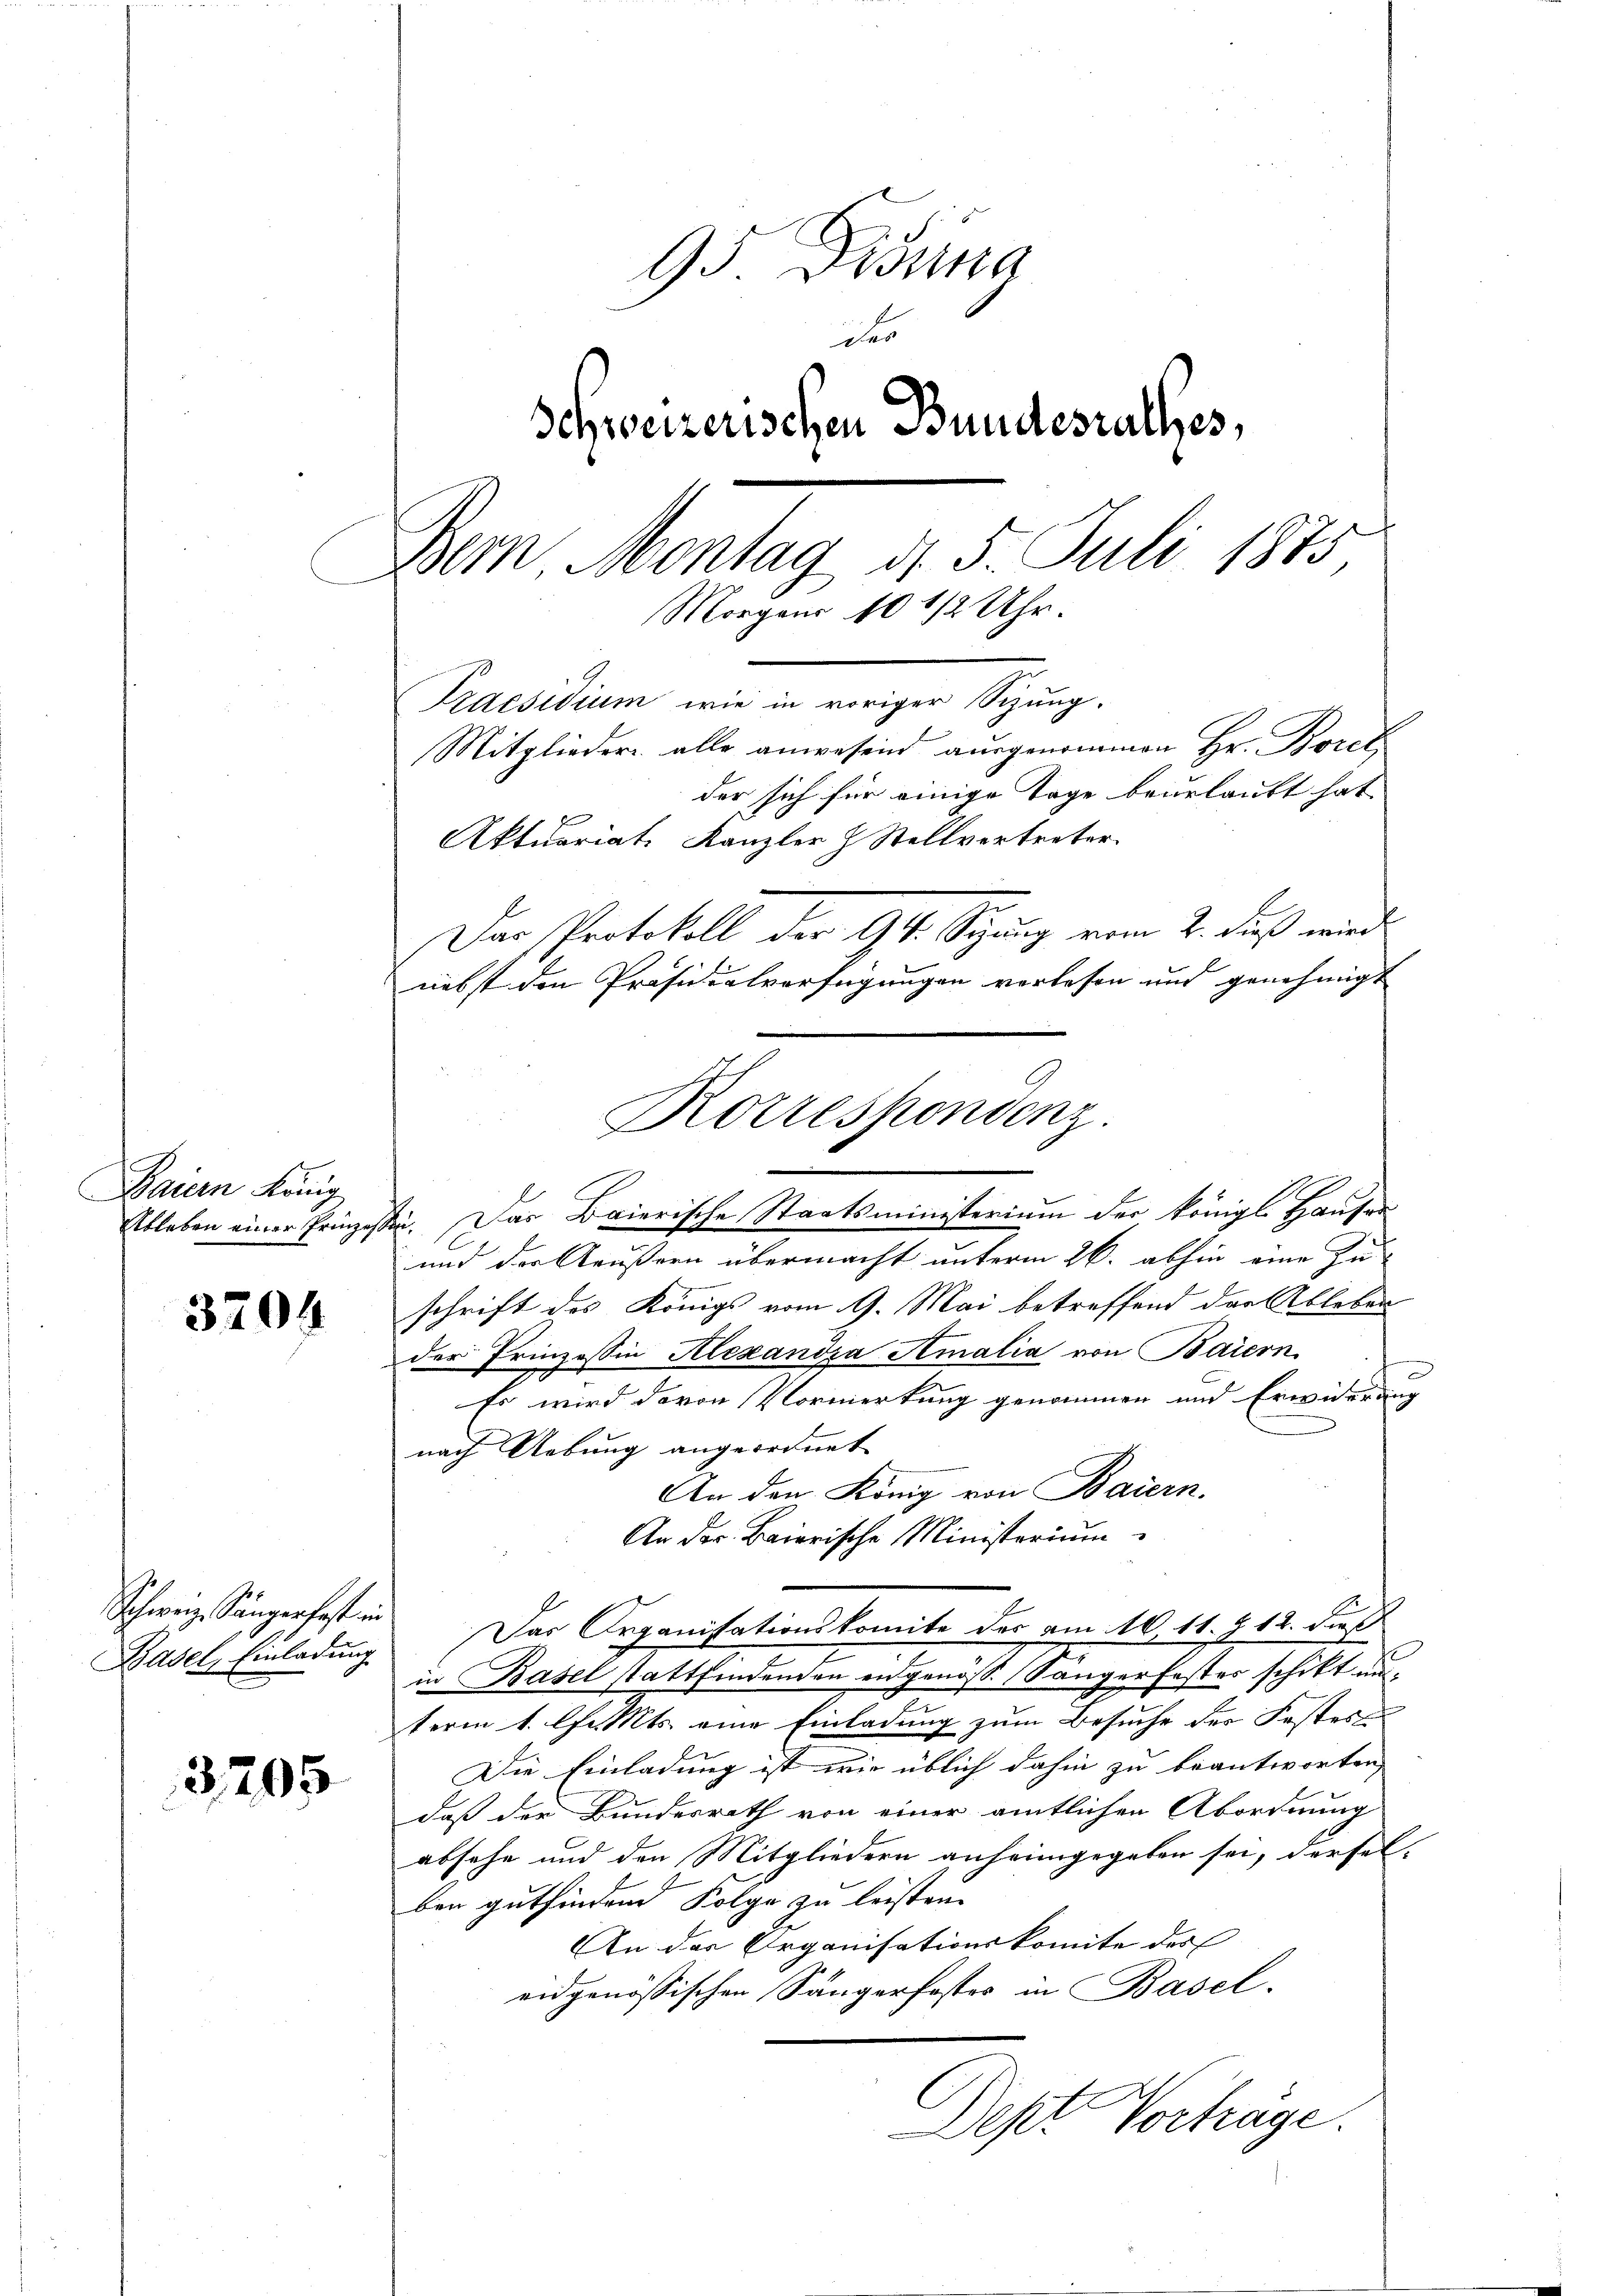
Baiern König

3204

Schweiz. Sängerfast in
Basel, Einladung

3,705

95 Dionna
der
Schweizerischen Bundesrathes,
Bern, Montag d. 5. Juli 1875
Morgens 10 1/2 Uhr.
Praesidium wie in voriger Sizung.
Mitglieder alle anwesend ausgenommen Hr. Borel
der sich für einige Tage beurlauft hat
Aktuariat Kanzler & Stellvertreter.
Das Protokoll der 94. Syzung vom 2. dieß wird
nebst den Präsidialverfügungen verlesen und genehmigt

Ableben einer Prinzessin. Das Baierische Staatsministerium der königl. Hausen
und der Aeußern übermacht unterm 26. abhin eine Zu-
schrift des Königs vom 9. Mai betreffend der Ableben
der Prinzessin Alexanora Amalia von Baiern
u
Es wird davon Vormerkung genommen und Erwiderung
nach Uebung angeordnet
An den König von Baiern.
An der Baierische Ministerium
Das Organisationskomite des am 16. 11. 412. dieß
in Basel stattfindenden eidgenöss. Sänger faster schikt un
term 1. Chr. Mts. eine Einladung zum Besuche der Festes
Die Einladung ist wie üblich dahin zu beantworten,
daß der Bundesrath von einer amtlichen Abordnung
absehe und den Mitgliedern anheimgegeben sei, derselben gutfindend Folge zu leisten.
An der Organisationskomite des
eidgenössischen Sängerfester in Basel.
Dept Vorhäge.

Korrespondenz.